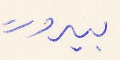
بيروت